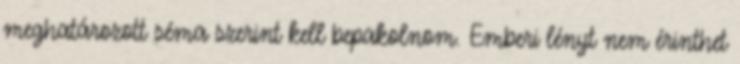
meghatározott séma szerint kell bepakolnom. Emberi lényt nem érinthet